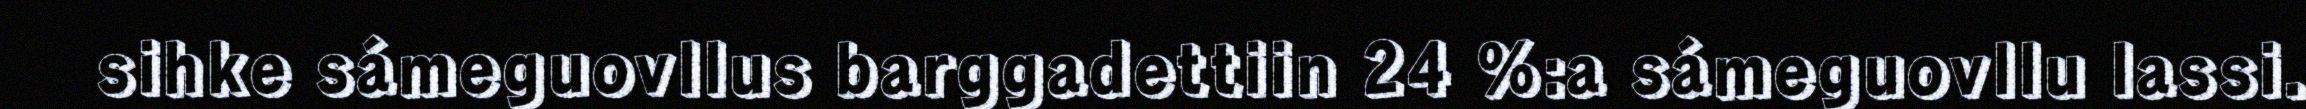
sihke sámeguovllus barggadettiin 24 %:a sámeguovllu lassi.